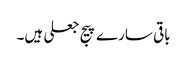
باقی سارے پیج جعلی ہیں۔